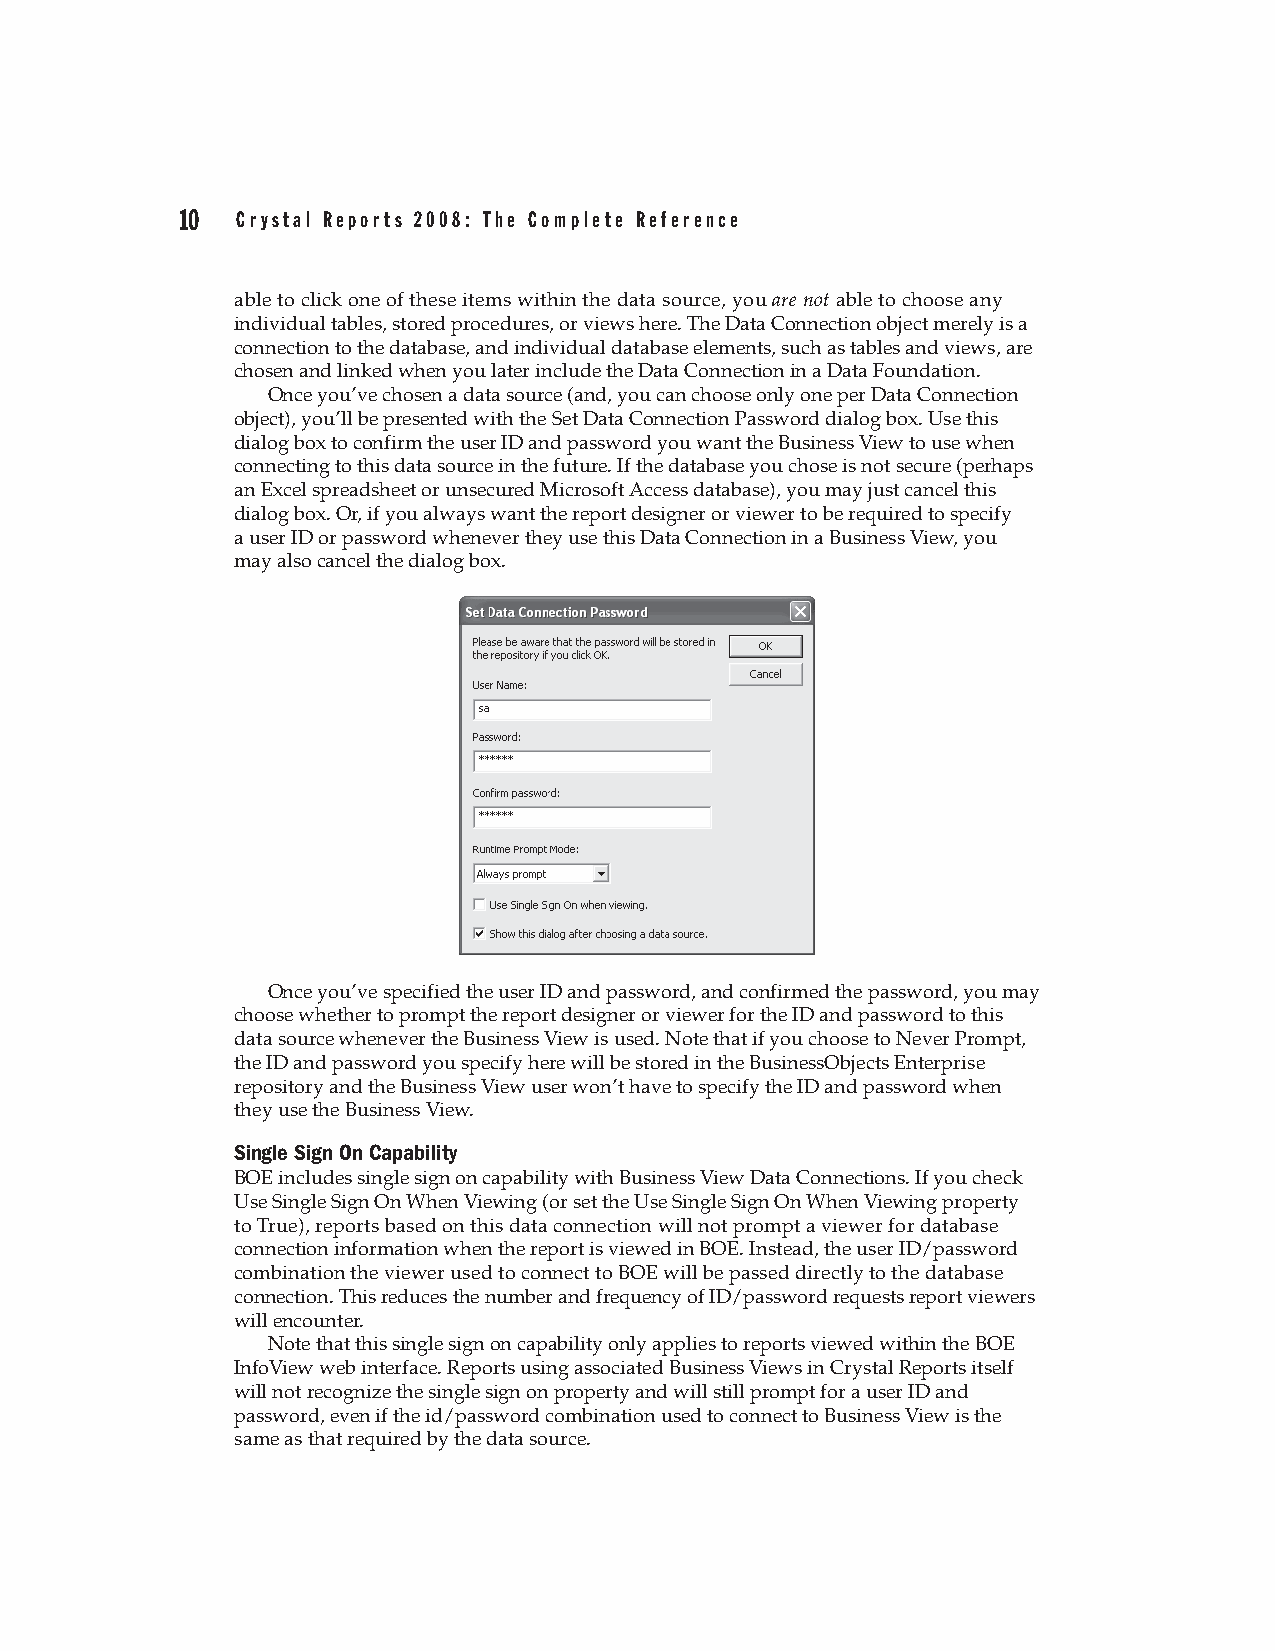
10  Crystal Reports 2008: The Complete Reference
 able to click one of these items within the data source, you are not able to choose any
 individual tables, stored procedures, or views here. The Data Connection object merely is a
 connection to the database, and individual database elements, such as tables and views, are
 chosen and linked when you later include the Data Connection in a Data Foundation.
 Once you’ve chosen a data source (and, you can choose only one per Data Connection
 object), you’ll be presented with the Set Data Connection Password dialog box. Use this
 dialog box to confirm the user ID and password you want the Business View to use when
 connecting to this data source in the future. If the database you chose is not secure (perhaps
 an Excel spreadsheet or unsecured Microsoft Access database), you may just cancel this
 dialog box. Or, if you always want the report designer or viewer to be required to specify
 a user ID or password whenever they use this Data Connection in a Business View, you
 may also cancel the dialog box.
 Once you’ve specified the user ID and password, and confirmed the password, you may
 choose whether to prompt the report designer or viewer for the ID and password to this
 data source whenever the Business View is used. Note that if you choose to Never Prompt,
 the ID and password you specify here will be stored in the BusinessObjects Enterprise
 repository and the Business View user won’t have to specify the ID and password when
 they use the Business View.
 Single Sign On Capability
 BOE includes single sign on capability with Business View Data Connections. If you check
 Use Single Sign On When Viewing (or set the Use Single Sign On When Viewing property
 to True), reports based on this data connection will not prompt a viewer for database
 connection information when the report is viewed in BOE. Instead, the user ID/password
 combination the viewer used to connect to BOE will be passed directly to the database
 connection. This reduces the number and frequency of ID/password requests report viewers
 will encounter.
 Note that this single sign on capability only applies to reports viewed within the BOE
 InfoView web interface. Reports using associated Business Views in Crystal Reports itself
 will not recognize the single sign on property and will still prompt for a user ID and
 password, even if the id/password combination used to connect to Business View is the
 same as that required by the data source.